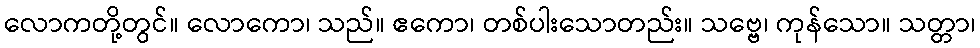
လောကတို့တွင်။ လောကော၊ သည်။ ဧကော၊ တစ်ပါးသောတည်း။ သဗ္ဗေ၊ ကုန်သော။ သတ္တာ၊